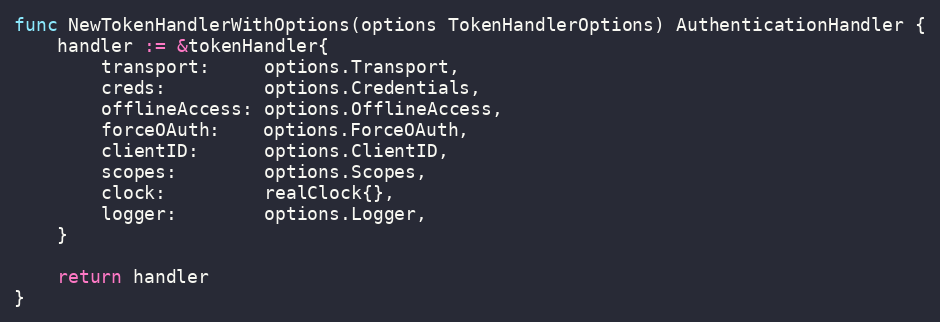
Language: Go
func NewTokenHandlerWithOptions(options TokenHandlerOptions) AuthenticationHandler {
	handler := &tokenHandler{
		transport:     options.Transport,
		creds:         options.Credentials,
		offlineAccess: options.OfflineAccess,
		forceOAuth:    options.ForceOAuth,
		clientID:      options.ClientID,
		scopes:        options.Scopes,
		clock:         realClock{},
		logger:        options.Logger,
	}

	return handler
}